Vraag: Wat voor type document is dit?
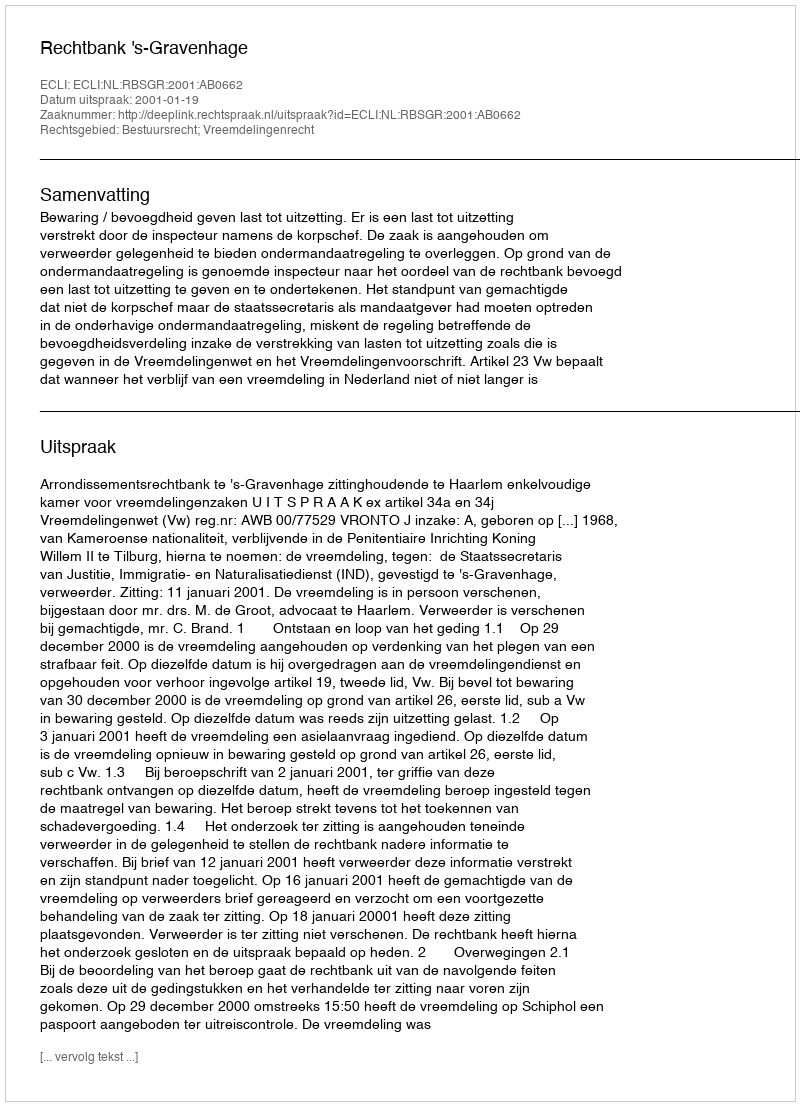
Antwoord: Uitspraak